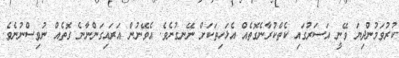
ކުރުވަމުންދިޔަ ވޭނީ އަސަރުގައި ކެތްކުރާނެގޮތެއް އެޅަހިތަކަށް ނޭނގުނެވެ. އެވޭނުން އަރައިގަންނާނެ ގޮތެއް ނުވިސްނުނެވެ.